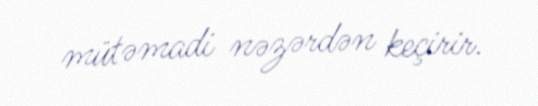
mütəmadi nəzərdən keçirir.